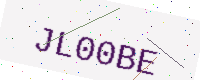
Text: JL00BE